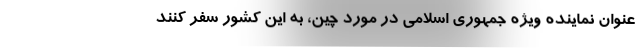
عنوان نماینده ویژه جمهوری اسلامی در مورد چین، به این کشور سفر کنند